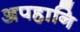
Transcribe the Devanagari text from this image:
अपहानि